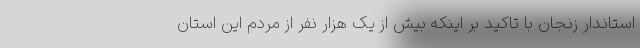
استاندار زنجان با تاکید بر اینکه بیش از یک هزار نفر از مردم این استان